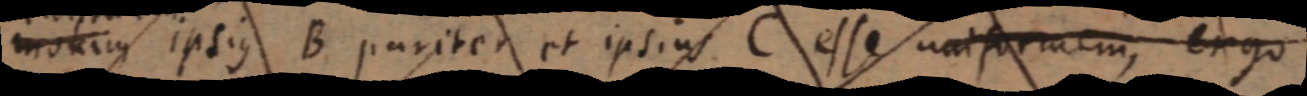
motiuus ipsius B pariter et ipsius C esse uniformem, ergo